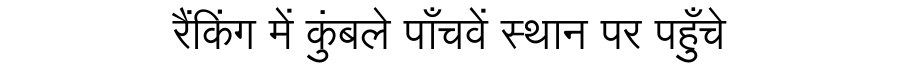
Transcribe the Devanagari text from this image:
रैंकिंग में कुंबले पाँचवें स्थान पर पहुँचे